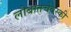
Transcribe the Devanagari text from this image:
लोबातचेवस्की